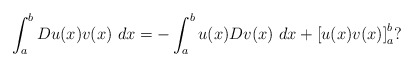
\begin{align*}\int_{a}^{b}Du(x)v(x)\ dx=-\int_{a}^{b}u(x)Dv(x)\ dx+\left[ u(x)v(x)\right]_{a}^{b}? \end{align*}